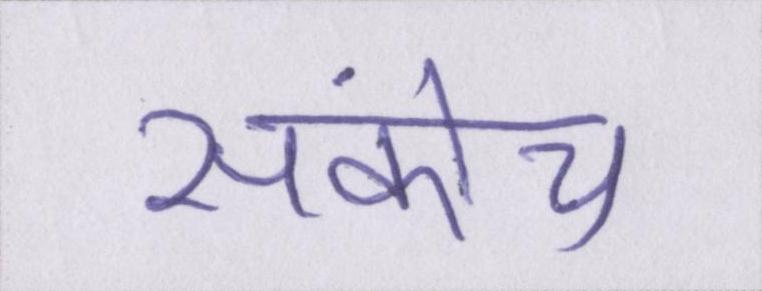
संकोच